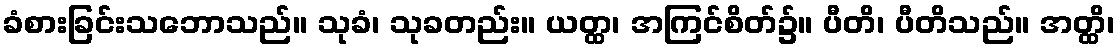
ခံစားခြင်းသဘောသည်။ သုခံ၊ သုခတည်း။ ယတ္ထ၊ အကြင်စိတ်၌။ ပီတိ၊ ပီတိသည်။ အတ္ထိ၊